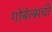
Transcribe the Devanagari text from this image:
गोबेल्सची